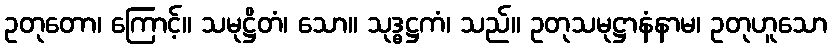
ဥတုတော၊ ကြောင့်။ သမုဋ္ဌိတံ၊ သော။ သုဒ္ဓဋ္ဌကံ၊ သည်။ ဥတုသမုဋ္ဌာနံနာမ၊ ဥတုဟူသော